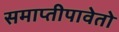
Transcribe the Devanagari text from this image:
समाप्तीपावेतो